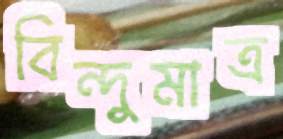
বিন্দুমাত্র